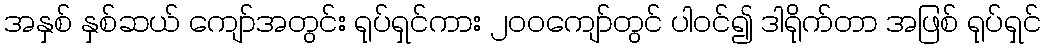
အနှစ် နှစ်ဆယ် ကျော်အတွင်း ရုပ်ရှင်ကား ၂၀၀ကျော်တွင် ပါဝင်၍ ဒါရိုက်တာ အဖြစ် ရုပ်ရှင်